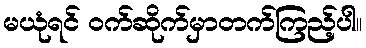
မယုံရင် ဝက်ဆိုက်မှာတက်ကြည့်ပါ။